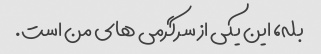
بله، این یکی از سرگرمی های من است.